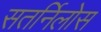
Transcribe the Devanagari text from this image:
सतर्निलोस